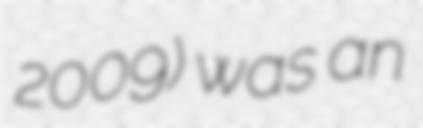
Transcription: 2009) was an